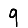
Digit: 9